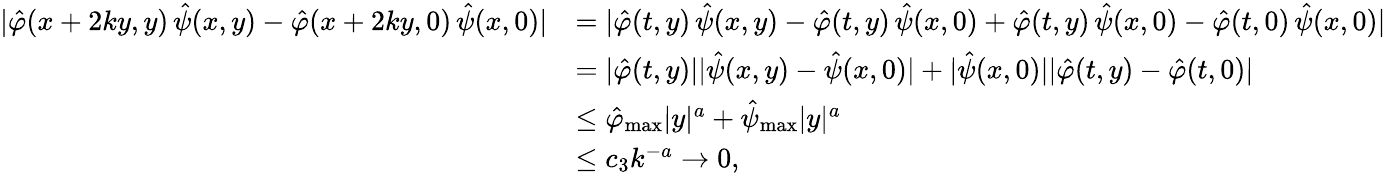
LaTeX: \begin{array}{rl}{|\hat{\varphi}(x+2ky,y)\, \hat{\psi}(x,y)-\hat{\varphi}(x+2ky,0)\, \hat{\psi}(x,0)|}&{=|\hat{\varphi}(t,y)\, \hat{\psi}(x,y)-\hat{\varphi}(t,y)\, \hat{\psi}(x,0)+\hat{\varphi}(t,y)\, \hat{\psi}(x,0)-\hat{\varphi}(t,0)\, \hat{\psi}(x,0)|}\\ &{=|\hat{\varphi}(t,y)||\hat{\psi}(x,y)-\hat{\psi}(x,0)|+|\hat{\psi}(x,0)||\hat{\varphi}(t,y)-\hat{\varphi}(t,0)|}\\ &{\leq\hat{\varphi}_{\mathrm{max}}|y|^{a}+\hat{\psi}_{\mathrm{max}}|y|^{a}}\\ &{\leq c_{3}k^{-a}\to 0,}\end{array}